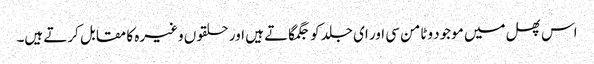
اس پھل میں موجود وٹامن سی اور ای جلد کو جگمگاتے ہیں اور حلقوں وغیرہ کا مقابل کرتے ہیں۔